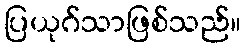
ပြယုဂ်သာဖြစ်သည်။